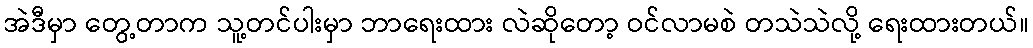
အဲဒီမှာ တွေ့တာက သူ့တင်ပါးမှာ ဘာရေးထား လဲဆိုတော့ ဝင်လာမစဲ တသဲသဲလို့ ရေးထားတယ်။